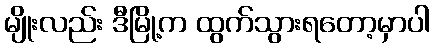
မျိုးလည်း ဒီမြို့က ထွက်သွားရတော့မှာပါ